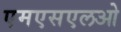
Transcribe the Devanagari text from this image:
एमएसएलओ